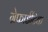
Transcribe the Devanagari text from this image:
ग्रेफाईटिक